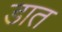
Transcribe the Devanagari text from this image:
डात